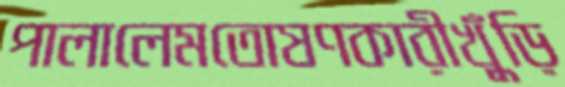
পালালেমতোষণকারীখুঁড়ি